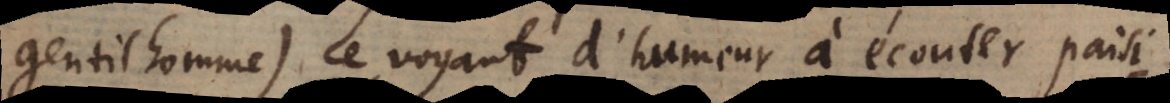
gentilhomme) le voyant d’humeur à écouter paisi